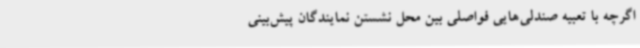
اگرچه با تعبیه صندلی‌هایی فواصلی بین محل نشستن نمایندگان پیش‌بینی